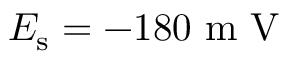
E _ { \mathrm { s } } = - 1 8 0 \mathrm { ~ m ~ V ~ }